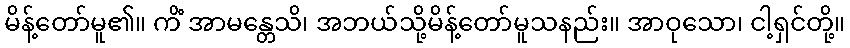
မိန့်တော်မူ၏။ ကိံ အာမန္တေသိ၊ အဘယ်သို့မိန့်တော်မူသနည်း။ အာဝုသော၊ ငါ့ရှင်တို့။